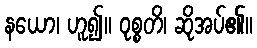
နယော၊ ဟူ၍။ ဝုစ္စတိ၊ ဆိုအပ်၏။